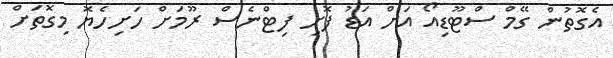
އެގޮތުން ގޭމް ސްޓޫޑިއޯ އަށް އަޑު ފޮށި ފިޓްނެސް ރޫމަށް ހަށިހެޔޮ މިގޮތަށް